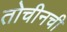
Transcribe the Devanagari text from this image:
तोचीनची